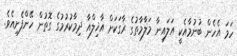
ހަމަ އެހެން ބުނުމާއެކީ އަލައިނާ މަލާމާތުގެ ރާގަކަށް އާޚިލްއާ ދިމާކުރުމުގެ ގޮތުން ހޭންފެށިއެވެ.